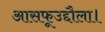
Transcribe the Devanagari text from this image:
आसफूउद्दौला।